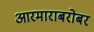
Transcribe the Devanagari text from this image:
आरमाराबरोबर